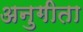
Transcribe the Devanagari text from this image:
अनुगीता